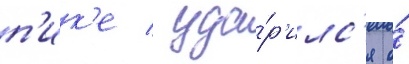
п'ик'е / уда́р'илс'я о́